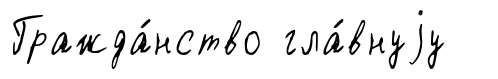
Гражда́нство гла́внуjу